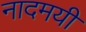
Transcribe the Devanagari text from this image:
नादमयी